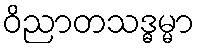
ဝိညာတသဒ္ဓမ္မာ